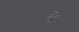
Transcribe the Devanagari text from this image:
थे़